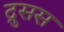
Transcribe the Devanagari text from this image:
द्रुसस